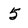
Character: 5